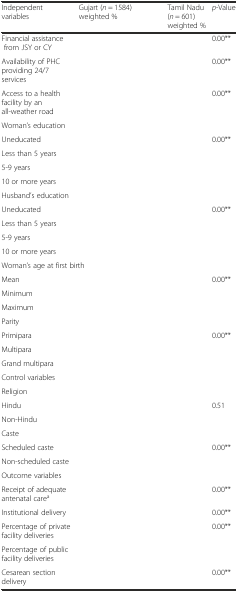
<table><thead><tr><td><b>Independent variables</b></td><td><b>Gujart (<i>n</i> = 1584) weighted %</b></td><td><b>Tamil Nadu (<i>n</i> = 601) weighted %</b></td><td><b><i>p</i>-Value</b></td></tr></thead><tbody><tr><td>Financial assistance from JSY or CY</td><td>[EMPTY_CELL]</td><td>[EMPTY_CELL]</td><td>0.00**</td></tr><tr><td>Availability of PHC providing 24/7 services</td><td>[EMPTY_CELL]</td><td>[EMPTY_CELL]</td><td>0.00**</td></tr><tr><td>Access to a health facility by an all-weather road</td><td>[EMPTY_CELL]</td><td>[EMPTY_CELL]</td><td>0.00**</td></tr><tr><td colspan="4">Woman’s education</td></tr><tr><td>Uneducated</td><td>[EMPTY_CELL]</td><td>[EMPTY_CELL]</td><td rowspan="4">0.00**</td></tr><tr><td>Less than 5 years</td><td>[EMPTY_CELL]</td><td>[EMPTY_CELL]</td></tr><tr><td>5-9 years</td><td>[EMPTY_CELL]</td><td>[EMPTY_CELL]</td></tr><tr><td>10 or more years</td><td>[EMPTY_CELL]</td><td>[EMPTY_CELL]</td></tr><tr><td colspan="4">Husband’s education</td></tr><tr><td>Uneducated</td><td>[EMPTY_CELL]</td><td>[EMPTY_CELL]</td><td rowspan="4">0.00**</td></tr><tr><td>Less than 5 years</td><td>[EMPTY_CELL]</td><td>[EMPTY_CELL]</td></tr><tr><td>5-9 years</td><td>[EMPTY_CELL]</td><td>[EMPTY_CELL]</td></tr><tr><td>10 or more years</td><td>[EMPTY_CELL]</td><td>[EMPTY_CELL]</td></tr><tr><td colspan="4">Woman’s age at first birth</td></tr><tr><td>Mean</td><td>[EMPTY_CELL]</td><td>[EMPTY_CELL]</td><td rowspan="3">0.00**</td></tr><tr><td>Minimum</td><td>[EMPTY_CELL]</td><td>[EMPTY_CELL]</td></tr><tr><td>Maximum</td><td>[EMPTY_CELL]</td><td>[EMPTY_CELL]</td></tr><tr><td colspan="4">Parity</td></tr><tr><td>Primipara</td><td>[EMPTY_CELL]</td><td>[EMPTY_CELL]</td><td rowspan="3">0.00**</td></tr><tr><td>Multipara</td><td>[EMPTY_CELL]</td><td>[EMPTY_CELL]</td></tr><tr><td>Grand multipara</td><td>[EMPTY_CELL]</td><td>[EMPTY_CELL]</td></tr><tr><td>Control variables</td><td>[EMPTY_CELL]</td><td>[EMPTY_CELL]</td><td>[EMPTY_CELL]</td></tr><tr><td colspan="4">Religion</td></tr><tr><td>Hindu</td><td>[EMPTY_CELL]</td><td>[EMPTY_CELL]</td><td rowspan="2">0.51</td></tr><tr><td>Non-Hindu</td><td>[EMPTY_CELL]</td><td>[EMPTY_CELL]</td></tr><tr><td colspan="4">Caste</td></tr><tr><td>Scheduled caste</td><td>[EMPTY_CELL]</td><td>[EMPTY_CELL]</td><td rowspan="2">0.00**</td></tr><tr><td>Non-scheduled caste</td><td>[EMPTY_CELL]</td><td>[EMPTY_CELL]</td></tr><tr><td>Outcome variables</td><td>[EMPTY_CELL]</td><td>[EMPTY_CELL]</td><td>[EMPTY_CELL]</td></tr><tr><td>Receipt of adequate antenatal care<sup>a</sup></td><td>[EMPTY_CELL]</td><td>[EMPTY_CELL]</td><td>0.00**</td></tr><tr><td>Institutional delivery</td><td>[EMPTY_CELL]</td><td>[EMPTY_CELL]</td><td>0.00**</td></tr><tr><td>Percentage of private facility deliveries</td><td>[EMPTY_CELL]</td><td>[EMPTY_CELL]</td><td>0.00**</td></tr><tr><td>Percentage of public facility deliveries</td><td>[EMPTY_CELL]</td><td>[EMPTY_CELL]</td><td>[EMPTY_CELL]</td></tr><tr><td>Cesarean section delivery</td><td>[EMPTY_CELL]</td><td>[EMPTY_CELL]</td><td>0.00**</td></tr></tbody></table>